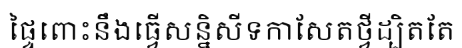
ផ្ទៃពោះនឹងធ្វើសន្និសីទកាសែតថ្វីដ្បិតតែ